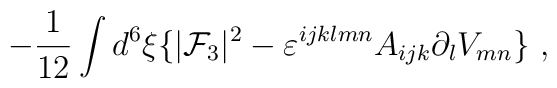
-{1\over12}\int d^6\xi\big\{ |{\cal F}_3|^2 -\varepsilon^{ijklmn}A_{ijk}\partial_l V_{mn}\big\}\ ,